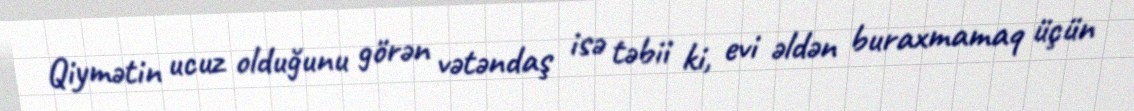
Qiymətin ucuz olduğunu görən vətəndaş isə təbii ki, evi əldən buraxmamaq üçün